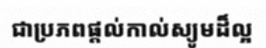
ជាប្រភពផ្តល់កាល់ស្យូមដ៏ល្អ